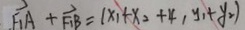
F _ { 1 } A + F _ { 1 } B = ( x _ { 1 } + x _ { 2 } + 4 , y _ { 1 } + y _ { 2 } )